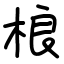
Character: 桹